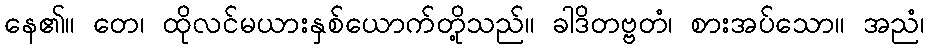
နေ၏။ တေ၊ ထိုလင်မယားနှစ်ယောက်တို့သည်။ ခါဒိတဗ္ဗတံ၊ စားအပ်သော။ အညံ၊